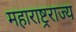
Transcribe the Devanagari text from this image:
महाराष्ट्रराज्य